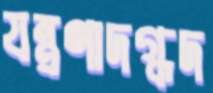
যন্ত্রণাদগ্ধদ